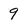
Character: 9